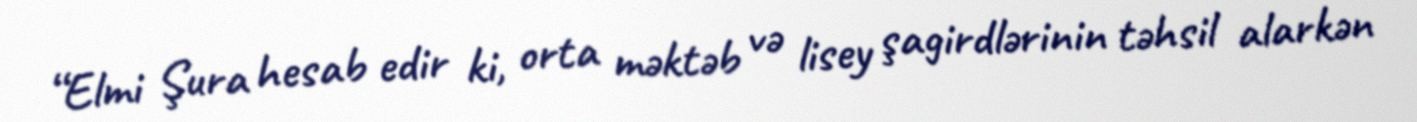
“Elmi Şura hesab edir ki, orta məktəb və lisey şagirdlərinin təhsil alarkən